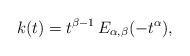
LaTeX: \begin{align*}k(t) = t^{\beta -1}\, E_{\alpha,\beta}(-t^\alpha),\end{align*}